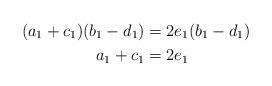
LaTeX: \begin{align*}(a_1+c_1)(b_1-d_1) &= 2e_1(b_1-d_1)\\a_1+c_1 &= 2e_1\end{align*}